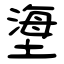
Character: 塮